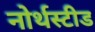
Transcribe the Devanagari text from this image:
नोर्थस्टीड